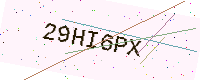
Text: 29HI6PX